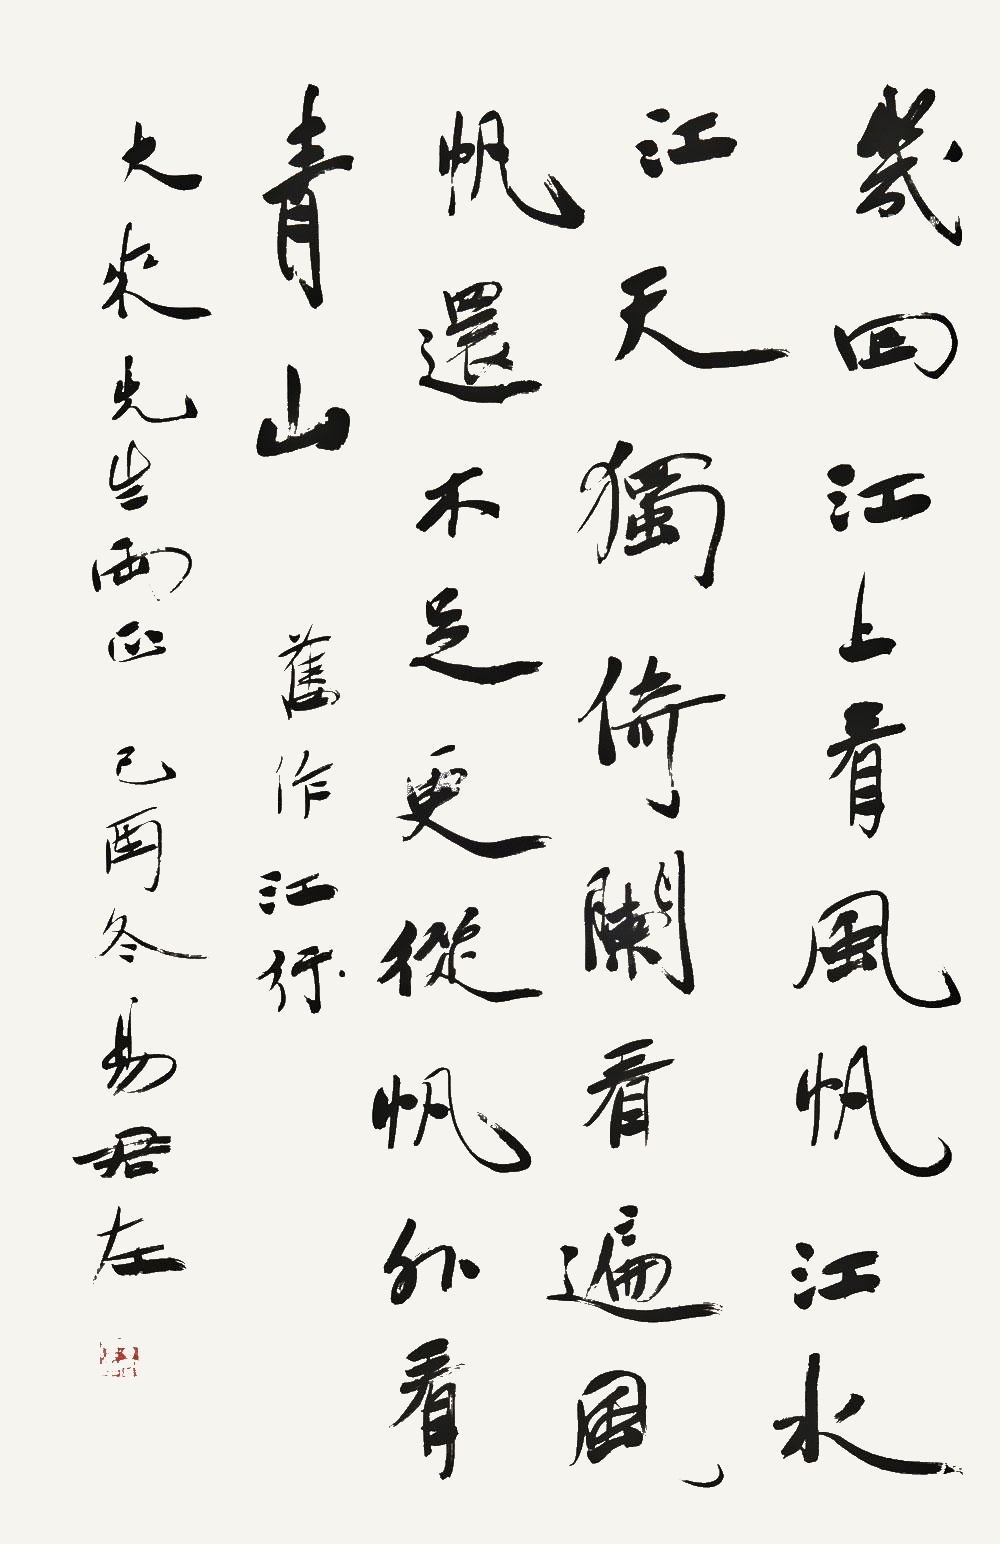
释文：几回江上看风帆，江水江天独倚阑。看遍风帆还不足，更从帆外看青山。旧作江行。大来先生两正。己酉冬，易君左。